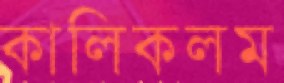
কালিকলম